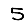
Digit: 5